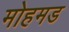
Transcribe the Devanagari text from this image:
मोहमड